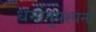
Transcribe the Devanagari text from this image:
धर्मानुपश्यना